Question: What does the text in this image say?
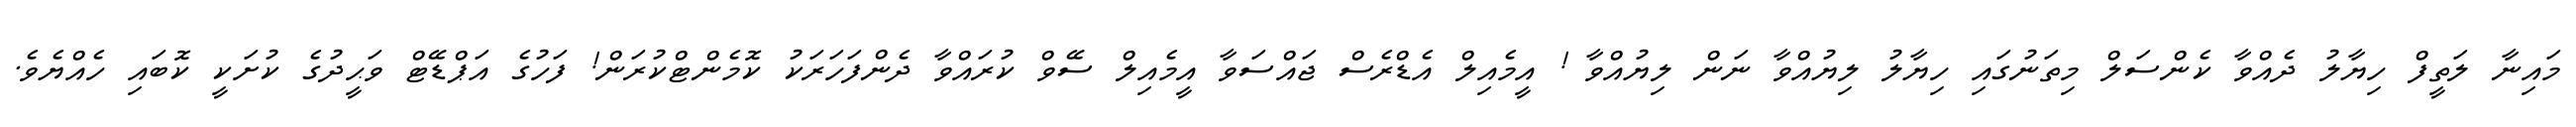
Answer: މައިނާ ލަތީފް ހިޔާލު ދެއްވާ ކެންސަލް މިތަނުގައި ހިޔާލު ލިޔުއްވާ ނަން ލިޔުއްވާ ! އީމެއިލް އެޑްރެސް ޖައްސަވާ އީމެއިލް ސޭވް ކުރައްވާ ދެންފަހަރަކު ކޮމެންޓްކުރަން! ފަހުގެ އަޕްޑޭޓް ވަޙީދުގެ ކުށަކީ ކޮބައި ހެއްޔެވެ.